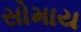
સોમાય